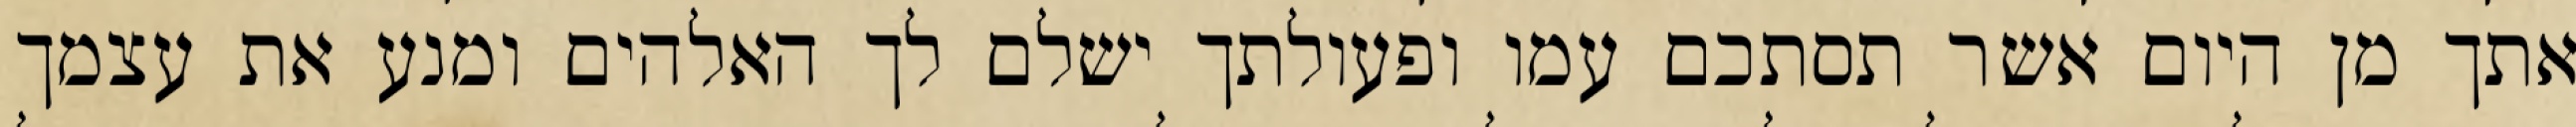
אתך מן היום אשר תסתכם עמו ופעולתך ישלם לך האלהים ומנע את עצמך